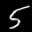
Label: 5